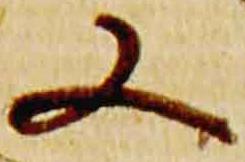
又